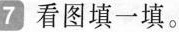
7看图填一填。